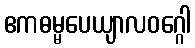
ဧကဓမ္မပေယျာလဝဂ္ဂေါ